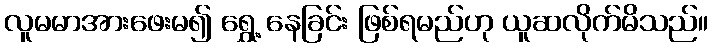
လူမမာအားဖေးမ၍ ရွှေ့ နေခြင်း ဖြစ်ရမည်ဟု ယူဆလိုက်မိသည်။